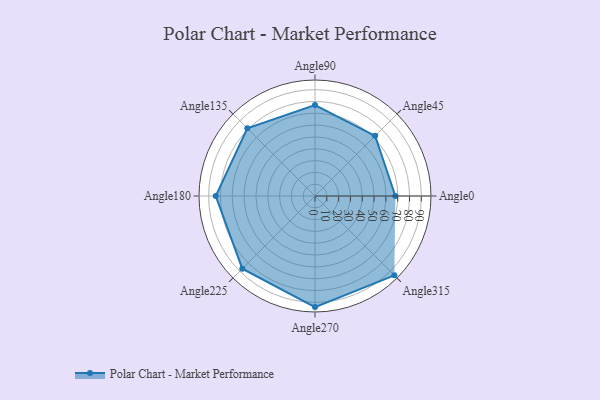
{"axis": {"x": "Angle", "y": "Radius"}, "legend": [""], "data": [{"x": "Angle0", "y": 68.0, "type": ""}, {"x": "Angle45", "y": 72.0, "type": ""}, {"x": "Angle90", "y": 77.0, "type": ""}, {"x": "Angle135", "y": 81.0, "type": ""}, {"x": "Angle180", "y": 84.0, "type": ""}, {"x": "Angle225", "y": 87.0, "type": ""}, {"x": "Angle270", "y": 94.0, "type": ""}, {"x": "Angle315", "y": 95.0, "type": ""}]}